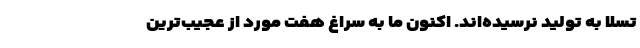
تسلا به تولید نرسیده‌اند. اکنون ما به سراغ هفت مورد از عجیب‌ترین